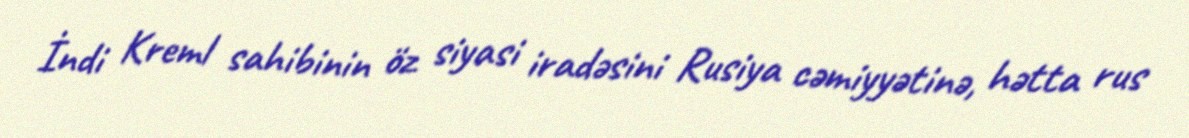
İndi Kreml sahibinin öz siyasi iradəsini Rusiya cəmiyyətinə, hətta rus